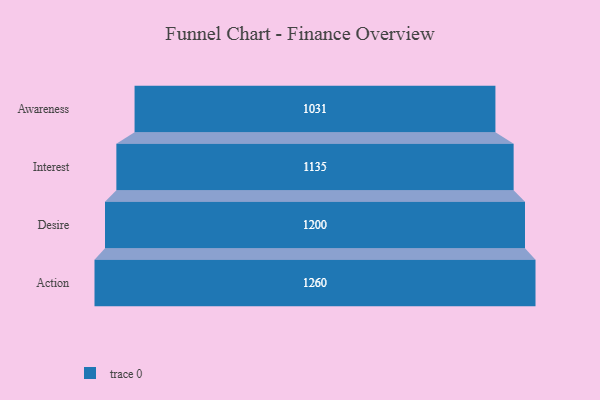
{"axis": {"x": "Stage", "y": "Value"}, "legend": [""], "data": [{"x": "Awareness", "y": 1031.0, "type": ""}, {"x": "Interest", "y": 1135.0, "type": ""}, {"x": "Desire", "y": 1200.0, "type": ""}, {"x": "Action", "y": 1260.0, "type": ""}]}